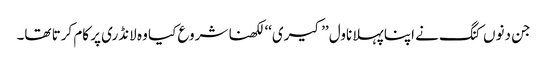
جن دنوں کنگ نے اپنا پہلا ناول ’’کیری‘‘ لکھنا شروع کیا وہ لانڈری پر کام کرتا تھا۔